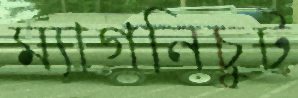
ম্যাগনিচুট